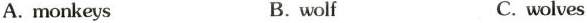
A.monkeys B. wolf C. wolves